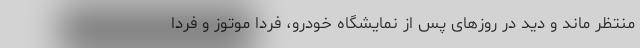
منتظر ماند و دید در روزهای پس از نمایشگاه خودرو، فردا موتوز و فردا